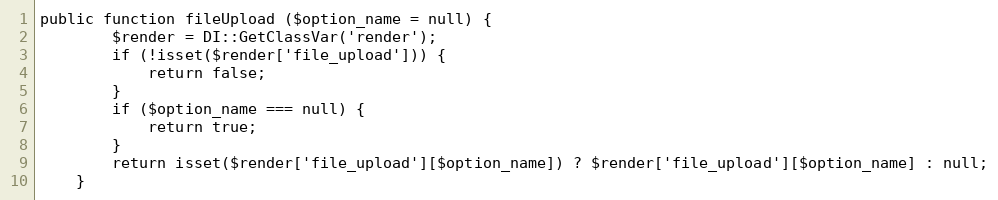
Language: PHP
public function fileUpload ($option_name = null) {
		$render = DI::GetClassVar('render');
		if (!isset($render['file_upload'])) {
			return false;
		}
		if ($option_name === null) {
			return true;
		}
		return isset($render['file_upload'][$option_name]) ? $render['file_upload'][$option_name] : null;
	}